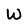
Character: W